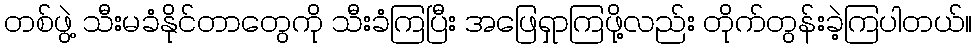
တစ်ဖွဲ့ သီးမခံနိုင်တာတွေကို သီးခံကြပြီး အဖြေရှာကြဖို့လည်း တိုက်တွန်းခဲ့ကြပါတယ်။